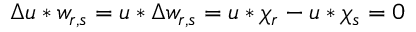
\Delta u * w _ { r , s } = u * \Delta w _ { r , s } = u * \chi _ { r } - u * \chi _ { s } = 0